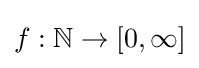
f:\mathbb {N} \to [0,\infty ]